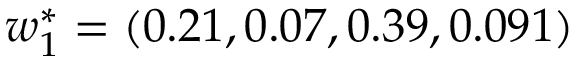
\boldsymbol { w } _ { 1 } ^ { * } = ( 0 . 2 1 , 0 . 0 7 , 0 . 3 9 , 0 . 0 9 1 )